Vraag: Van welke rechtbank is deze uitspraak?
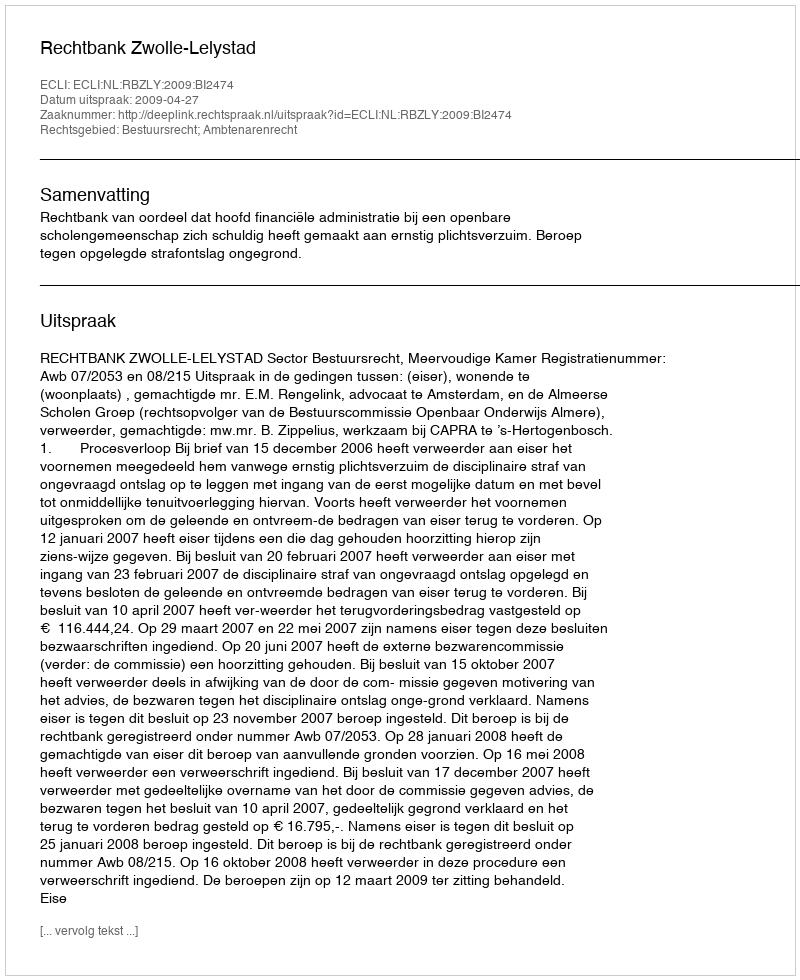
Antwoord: Rechtbank Zwolle-Lelystad